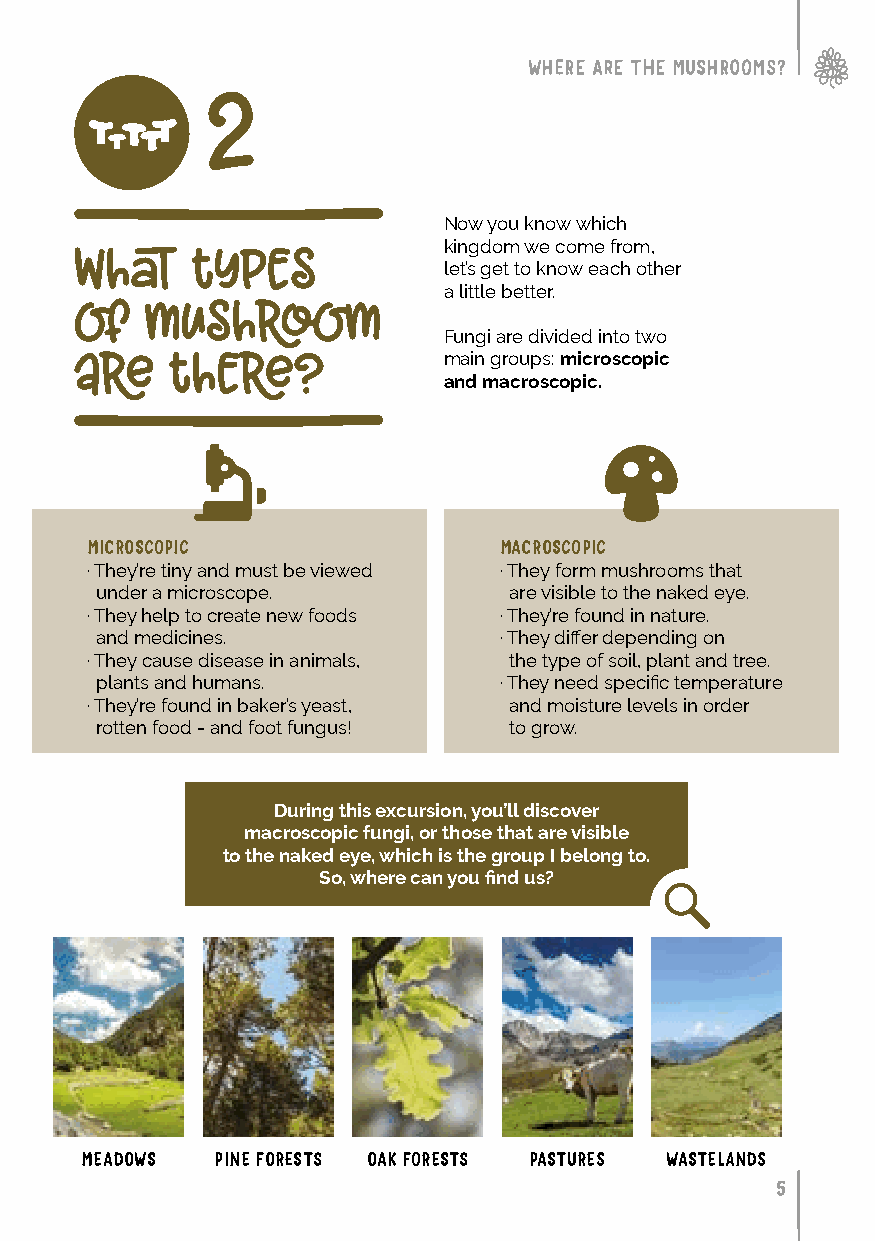
WHERE ARE THE MUSHROOMS?
 2
 Now you know which
 kingdom we come from,
 what    types
 let’s get to know each other
 a little better.
 of   mushroom
 Fungi are divided into two
 main groups: microscopic
 are   there?
 and macroscopic.
 MICROSCOPIC                MACROSCOPIC
 · They’re tiny and must be viewed · They form mushrooms that
 under a microscope.         are visible to the naked eye.
 · They help to create new foods · They’re found in nature.
 and medicines.             · They differ depending on
 · They cause disease in animals, the type of soil, plant and tree.
 plants and humans.         · They need specific temperature
 · They’re found in baker’s yeast, and moisture levels in order
 rotten food - and foot fungus! to grow.
 During this excursion, you’ll discover
 macroscopic fungi, or those that are visible
 to the naked eye, which is the group I belong to.
 So, where can you find us?
 MEADOWS  PINE FORESTS OAK FORESTS PASTURES WASTELANDS
 5